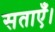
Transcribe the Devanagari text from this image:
सताएँ।